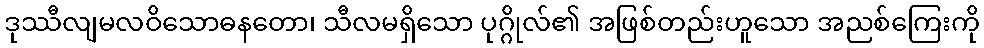
ဒုဿီလျမလဝိသောဓနတော၊ သီလမရှိသော ပုဂ္ဂိုလ်၏ အဖြစ်တည်းဟူသော အညစ်ကြေးကို